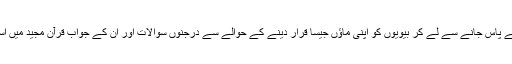
رمضان کی راتوں میں بیویوں کے پاس جانے سے لے کر بیویوں کو اپنی ماؤں جیسا قرار دینے کے حوالے سے درجنوں سوالات اور ان کے جواب قرآن مجید میں اسی پس منظر میں بیان ہوئے ہیں۔